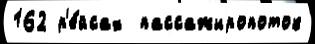
162 р'е́йсах  пассажиропоток